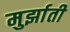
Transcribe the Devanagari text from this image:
मुर्झाती